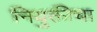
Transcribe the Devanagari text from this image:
नियुक्तीचा